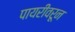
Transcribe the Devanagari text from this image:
पायरीवरून